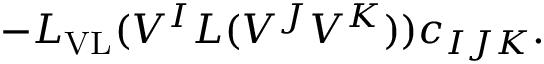
- { \cal L } _ { \mathrm { V L } } ( V ^ { I } L ( V ^ { J } V ^ { K } ) ) c _ { I J K } .